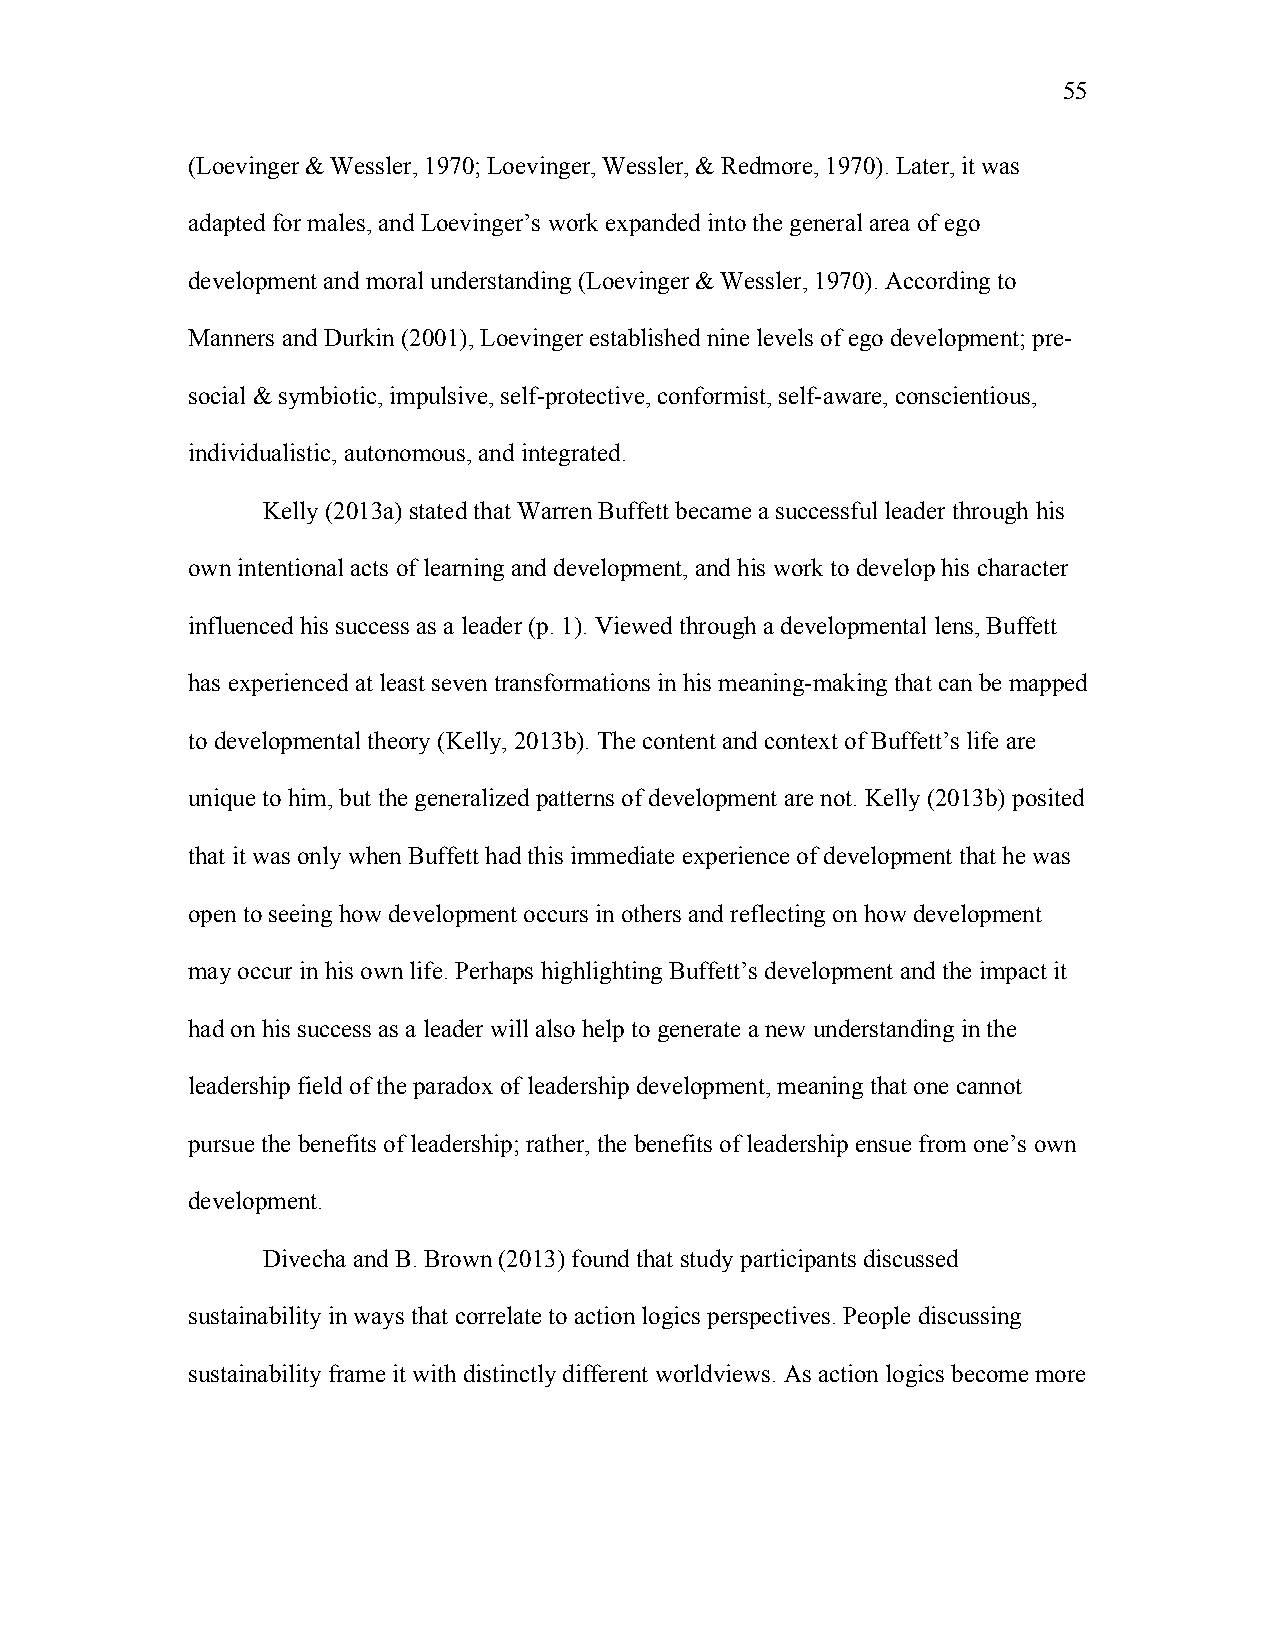
55
 (Loevinger & Wessler, 1970; Loevinger, Wessler, & Redmore, 1970). Later, it was
 adapted for males, and Loevinger’s work expanded into the general area of ego
 development and moral understanding (Loevinger & Wessler, 1970). According to
 Manners and Durkin (2001), Loevinger established nine levels of ego development; pre-
 social & symbiotic, impulsive, self-protective, conformist, self-aware, conscientious,
 individualistic, autonomous, and integrated.
 Kelly (2013a) stated that Warren Buffett became a successful leader through his
 own intentional acts of learning and development, and his work to develop his character
 influenced his success as a leader (p. 1). Viewed through a developmental lens, Buffett
 has experienced at least seven transformations in his meaning-making that can be mapped
 to developmental theory (Kelly, 2013b). The content and context of Buffett’s life are
 unique to him, but the generalized patterns of development are not. Kelly (2013b) posited
 that it was only when Buffett had this immediate experience of development that he was
 open to seeing how development occurs in others and reflecting on how development
 may occur in his own life. Perhaps highlighting Buffett’s development and the impact it
 had on his success as a leader will also help to generate a new understanding in the
 leadership field of the paradox of leadership development, meaning that one cannot
 pursue the benefits of leadership; rather, the benefits of leadership ensue from one’s own
 development.
 Divecha and B. Brown (2013) found that study participants discussed
 sustainability in ways that correlate to action logics perspectives. People discussing
 sustainability frame it with distinctly different worldviews. As action logics become more